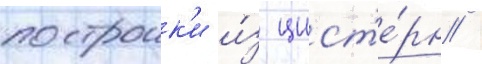
построик'и и́з цист'е́рн /